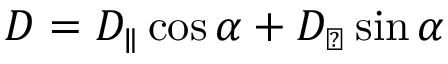
D = D _ { \parallel } \cos \alpha + D _ { \perp } \sin \alpha